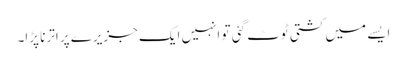
ایسے میں کشتی ٹوٹ گئی تو انہیں ایک جزیرے پر اترنا پڑا۔